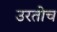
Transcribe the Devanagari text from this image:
उरतोच